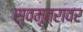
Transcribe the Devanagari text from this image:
स्वमूत्रावर